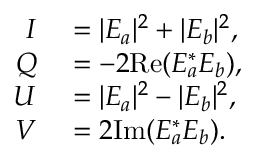
\begin{array} { r l } { I } & { { } = | E _ { a } | ^ { 2 } + | E _ { b } | ^ { 2 } , } \\ { Q } & { { } = - 2 \mathrm { R e } ( E _ { a } ^ { * } E _ { b } ) , } \\ { U } & { { } = | E _ { a } | ^ { 2 } - | E _ { b } | ^ { 2 } , } \\ { V } & { { } = 2 \mathrm { I m } ( E _ { a } ^ { * } E _ { b } ) . } \end{array}